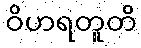
ဝိဟရတူတိ